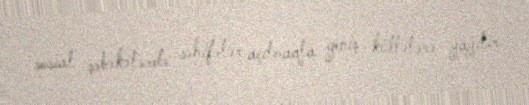
sosial şəbəkələrdə səhifələr açılmaqla geniş kütlələrə yayılır.